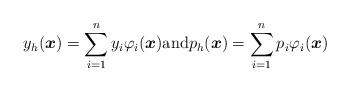
LaTeX: \begin{align*}y_{h}(\boldsymbol{x}) = \sum_{i=1}^n y_{i} \varphi_i(\boldsymbol{x}) \mbox{and} p_{h}(\boldsymbol{x}) = \sum_{i=1}^n p_{i} \varphi_i(\boldsymbol{x})\end{align*}